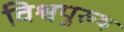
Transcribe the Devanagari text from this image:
विश्वपुरुष